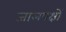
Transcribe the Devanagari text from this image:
जालपक्षों